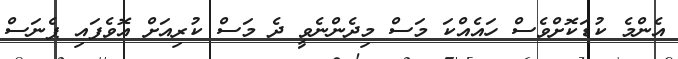
އެންމެ ކުޑަކޮށްވެސް ހައެއްކަ މަސް މިދެންނެވީ ދެ މަސް ކުރިއަށް އޮވެފައި ޕެނަސް